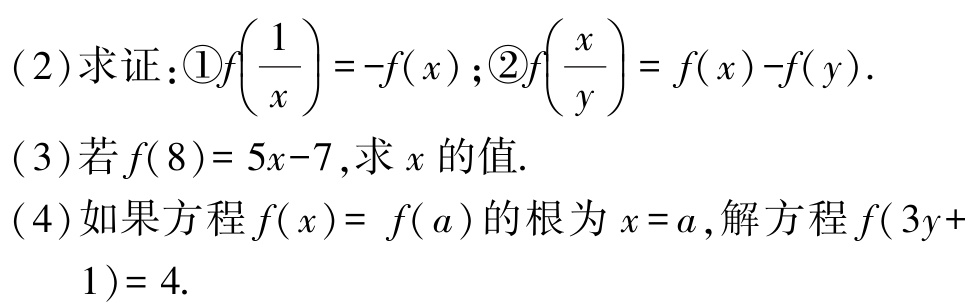
(2)求证：\textcircled{1}\(f\left(\frac{1}{x}\right)=-f(x)\);\textcircled{2}\(f\left(\frac{x}{y}\right)=f(x)-f(y)\).

(3)若\(f(8)=5x - 7\),求\(x\)的值.

(4)如果方程\(f(x)=f(a)\)的根为\(x = a\),解方程\(f(3y + 1)=4\).